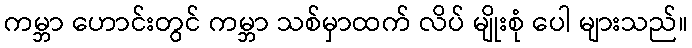
ကမ္ဘာ ဟောင်းတွင် ကမ္ဘာ သစ်မှာထက် လိပ် မျိုးစုံ ပေါ များသည်။